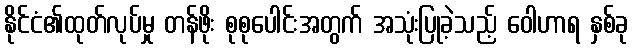
နိုင်ငံ၏ထုတ်လုပ်မှု တန်ဖိုး စုစုပေါင်းအတွက် အသုံးပြုခဲ့သည့် ဝေါဟာရ နှစ်ခု